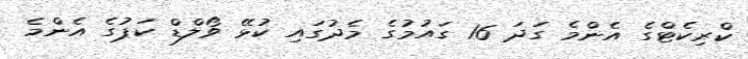
ކްރިކެޓްގެ އެންމެ ގަދަ 16 ގައުމުގެ މެދުގައި ކުޅޭ ވޯލްޑް ކަޕުގެ އެންމެ